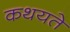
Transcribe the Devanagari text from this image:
कथयते